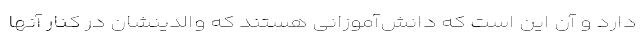
دارد و آن این است که دانش‌آموزانی هستند که والدینشان در کنار آنها